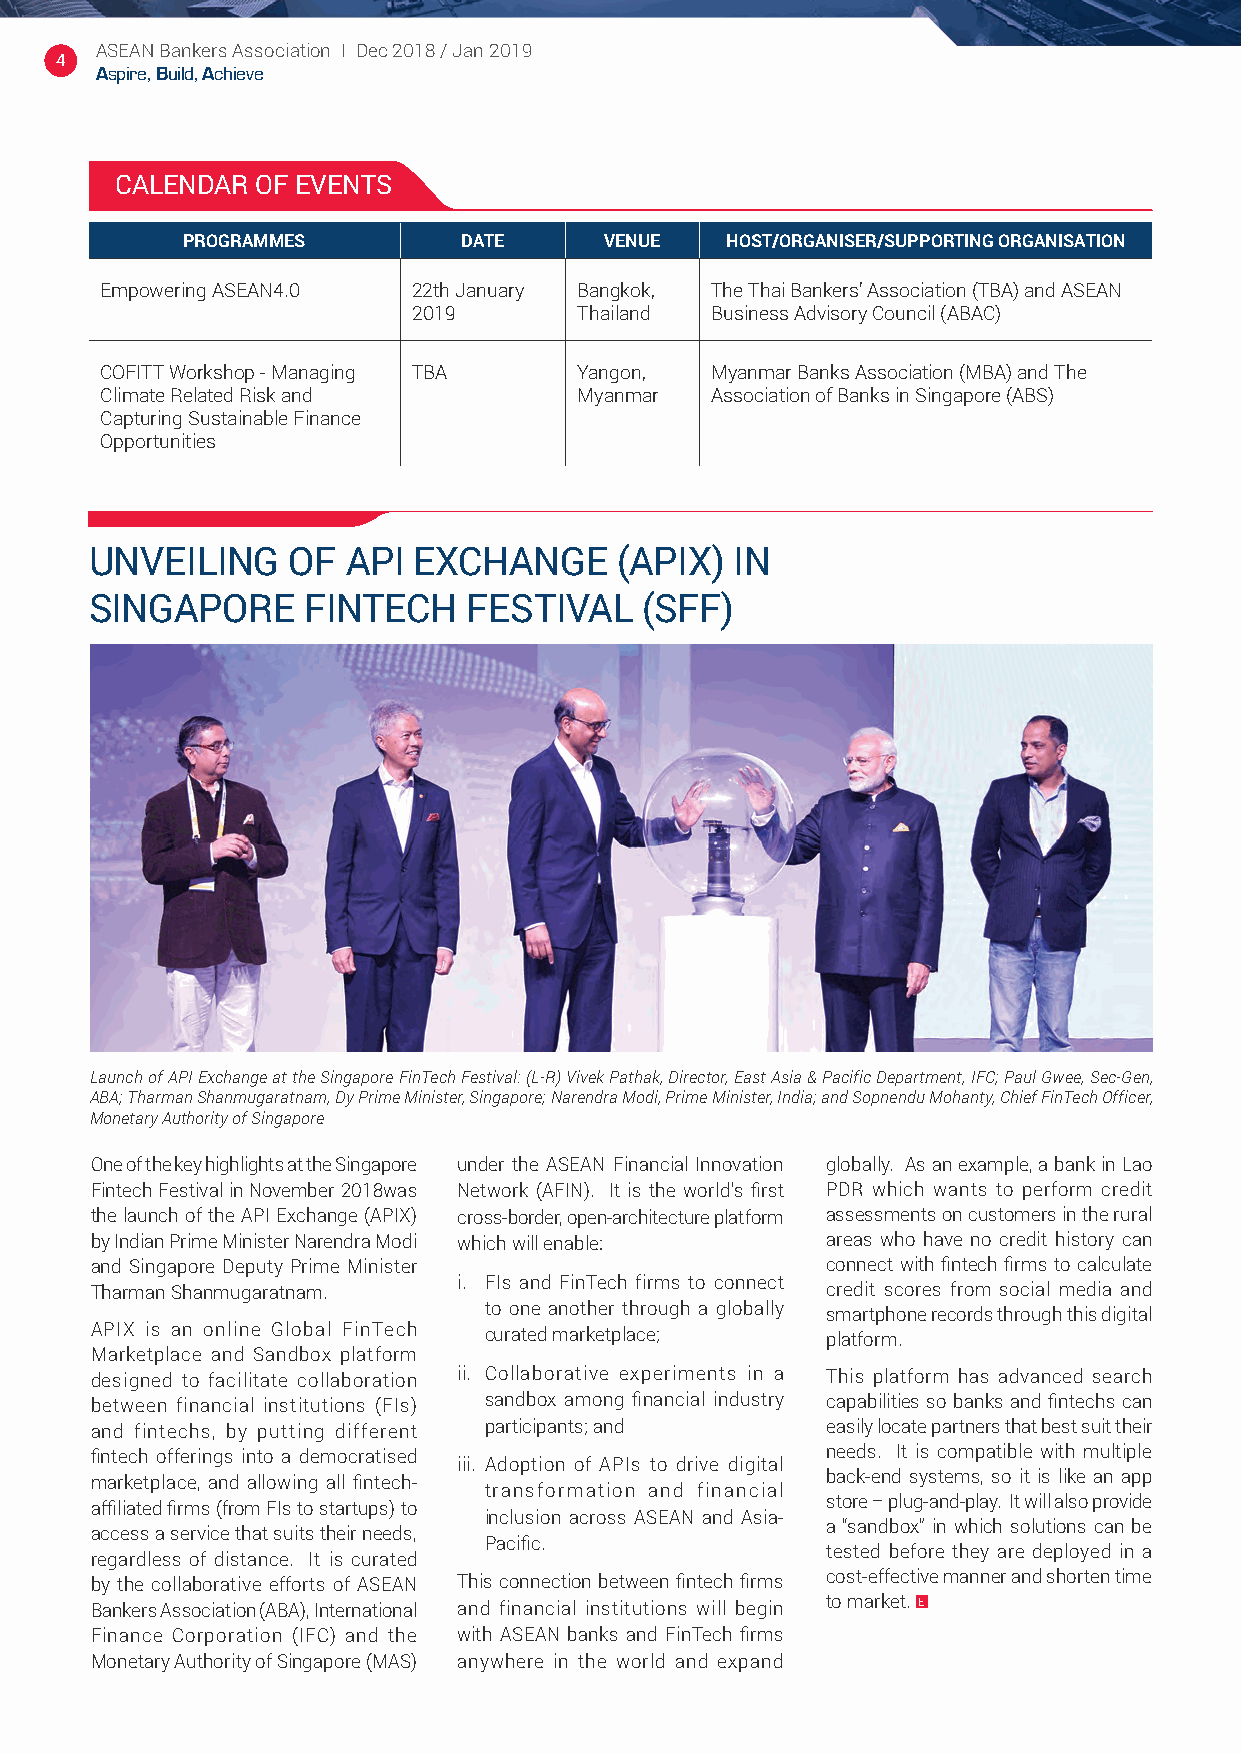
ASEAN Bankers Association I Dec 2018 / Jan 2019
 4
 Aspire, Build, Achieve
 CALENDAR OF EVENTS
 PROGRAMMES         DATE     VENUE   HOST/ORGANISER/SUPPORTING ORGANISATION
 Empowering ASEAN4.0 22th January Bangkok, The Thai Bankers’ Association (TBA) and ASEAN
 2019       Thailand Business Advisory Council (ABAC)
 COFITT Workshop - Managing TBA Yangon,  Myanmar Banks Association (MBA) and The
 Climate Related Risk and       Myanmar  Association of Banks in Singapore (ABS)
 Capturing Sustainable Finance
 Opportunities
 UNVEILING    OF  API EXCHANGE      (APIX)  IN
 SINGAPORE     FINTECH    FESTIVAL   (SFF)
 Launch of API Exchange at the Singapore FinTech Festival: (L-R) Vivek Pathak, Director, East Asia & Pacific Department, IFC; Paul Gwee, Sec-Gen,
 ABA; Tharman Shanmugaratnam, Dy Prime Minister, Singapore; Narendra Modi, Prime Minister, India; and Sopnendu Mohanty, Chief FinTech Officer,
 Monetary Authority of Singapore
 One of the key highlights at the Singapore under the ASEAN Financial Innovation globally. As an example, a bank in Lao
 Fintech Festival in November 2018was Network (AFIN). It is the world’s first PDR which wants to perform credit
 the launch of the API Exchange (APIX) cross-border, open-architecture platform assessments on customers in the rural
 by Indian Prime Minister Narendra Modi which will enable: areas who have no credit history can
 and Singapore Deputy Prime Minister              connect with fintech firms to calculate
 i. FIs and FinTech firms to connect
 Tharman Shanmugaratnam.                          credit scores from social media and
 to one another through a globally smartphone records through this digital
 APIX is an online Global FinTech curated marketplace; platform.
 Marketplace and Sandbox platform
 designed to facilitate collaboration ii. Collaborative experiments in a This platform has advanced search
 between financial institutions (FIs) sandbox among financial industry capabilities so banks and fintechs can
 and fintechs, by putting different participants; and easily locate partners that best suit their
 fintech offerings into a democratised            needs. It is compatible with multiple
 iii. Adoption of APIs to drive digital
 marketplace, and allowing all fintech-           back-end systems, so it is like an app
 transformation and financial
 store – plug-and-play. It will also provide
 affiliated firms (from FIs to startups) to
 inclusion across ASEAN and Asia-
 a “sandbox” in which solutions can be
 access a service that suits their needs,
 Pacific.
 tested before they are deployed in a
 regardless of distance. It is curated
 by the collaborative efforts of ASEAN This connection between fintech firms cost-effective manner and shorten time
 to market.
 Bankers Association (ABA), International and financial institutions will begin
 Finance Corporation (IFC) and the with ASEAN banks and FinTech firms
 Monetary Authority of Singapore (MAS) anywhere in the world and expand
 88475_Asean Bank 2019 0701.indd 4                                         9/1/19 9:32 AM